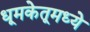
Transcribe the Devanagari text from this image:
धूमकेतूमध्ये